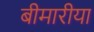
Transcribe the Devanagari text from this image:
बीमारीया